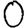
Digit: 0